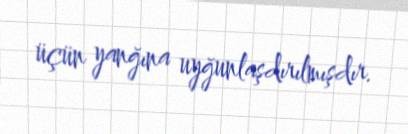
üçün yanğına uyğunlaşdırılmışdır.